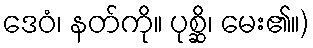
ဒေဝံ၊ နတ်ကို။ ပုစ္ဆိ၊ မေး၏။)